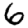
Digit: 6